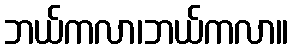
ဘယ်ကလာ၊ဘယ်ကလာ။